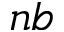
n b